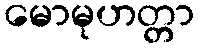
မောမုဟတ္တာ